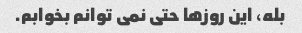
بله، این روزها حتی نمی توانم بخوابم.